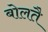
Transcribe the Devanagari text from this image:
बोलतै